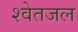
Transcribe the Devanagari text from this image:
श्वेतजल